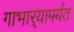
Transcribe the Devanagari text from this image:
गाभार्‍यापर्यंत